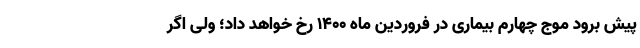
پیش برود موج چهارم بیماری در فروردین ماه ۱۴۰۰ رخ خواهد داد؛ ولی اگر